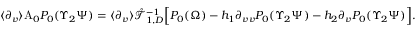
\begin{array} { r } { \langle \partial _ { v } \rangle \mathrm { A } _ { 0 } P _ { 0 } ( \Upsilon _ { 2 } \Psi ) = \langle \partial _ { v } \rangle \mathring { \mathcal { T } } _ { 1 , D } ^ { - 1 } \Big [ P _ { 0 } ( \Omega ) - h _ { 1 } \partial _ { v v } P _ { 0 } ( \Upsilon _ { 2 } \Psi ) - h _ { 2 } \partial _ { v } P _ { 0 } ( \Upsilon _ { 2 } \Psi ) \Big ] . } \end{array}